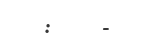
:    -